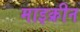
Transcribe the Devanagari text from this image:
माइक्रीन